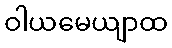
ဝါယမေယျာထ